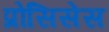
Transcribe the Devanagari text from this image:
प्रोसिसेस